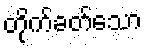
တိုက်ခတ်သော